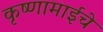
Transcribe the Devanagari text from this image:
कृष्णामाईचे